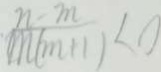
\frac { n - m } { m ( m + 1 ) } < 0